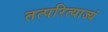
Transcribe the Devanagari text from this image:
तत्परित्याज्यं